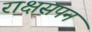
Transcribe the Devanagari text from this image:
राक्षसपन